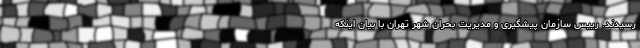
رسیدند. رییس سازمان پیشگیری و مدیریت بحران شهر تهران با بیان اینکه